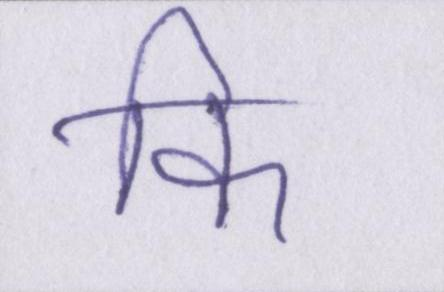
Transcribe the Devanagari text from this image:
कि